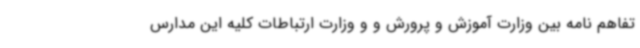
تفاهم نامه بین وزارت آموزش و پرورش و و وزارت ارتباطات کلیه این مدارس